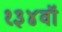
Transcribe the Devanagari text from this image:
१३४वॉ